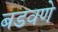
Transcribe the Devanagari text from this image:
बडवणे